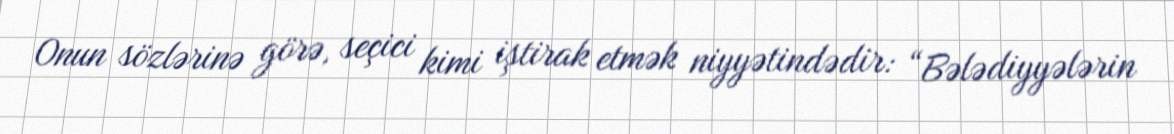
Onun sözlərinə görə, seçici kimi iştirak etmək niyyətindədir: “Bələdiyyələrin